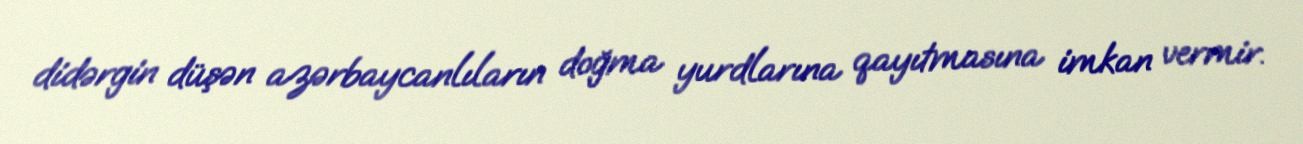
didərgin düşən azərbaycanlıların doğma yurdlarına qayıtmasına imkan vermir.